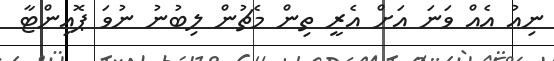
ނިއު އެއް ވަނަ އަށް އެރީ ތިން މެޗުން ލިބުނު ނުވަ ޕޮއިންޓާ